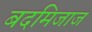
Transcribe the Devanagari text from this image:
बदमिजाज